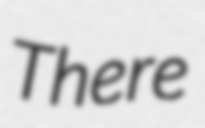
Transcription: There